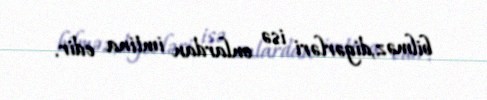
bilməz,digərləri isə onlardan imtina edir.